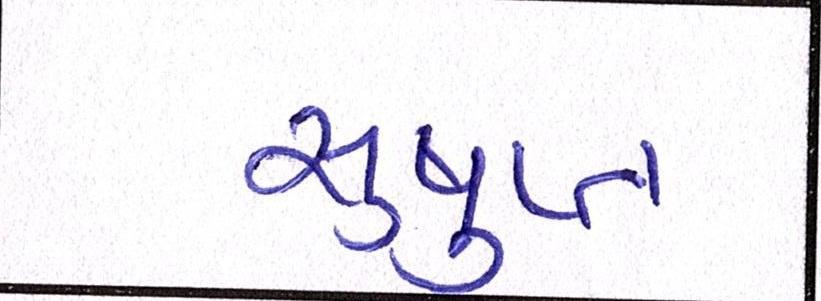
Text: સુષુપ્ત